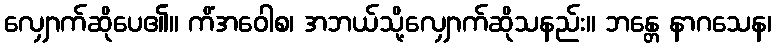
လျှောက်ဆိုပေ၏။ ကိံအဝေါစ၊ အဘယ်သို့လျှောက်ဆိုသနည်း။ ဘန္တေ နာဂသေန၊